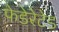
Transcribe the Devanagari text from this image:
फेडेरेटेड